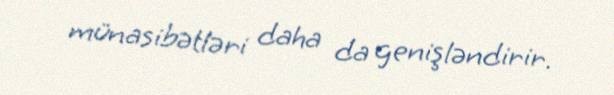
münasibətləri daha da genişləndirir.